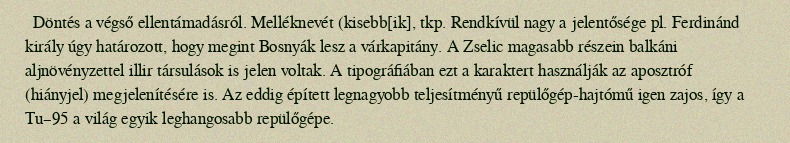
Döntés a végső ellentámadásról. Melléknevét (kisebb[ik], tkp. Rendkívül nagy a jelentősége pl. Ferdinánd király úgy határozott, hogy megint Bosnyák lesz a várkapitány. A Zselic magasabb részein balkáni aljnövényzettel illir társulások is jelen voltak. A tipográfiában ezt a karaktert használják az aposztróf (hiányjel) megjelenítésére is. Az eddig épített legnagyobb teljesítményű repülőgép-hajtómű igen zajos, így a Tu–95 a világ egyik leghangosabb repülőgépe.